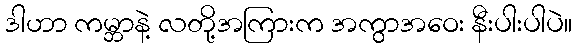
ဒါဟာ ကမ္ဘာနဲ့ လတို့အကြားက အကွာအဝေး နီးပါးပါပဲ။